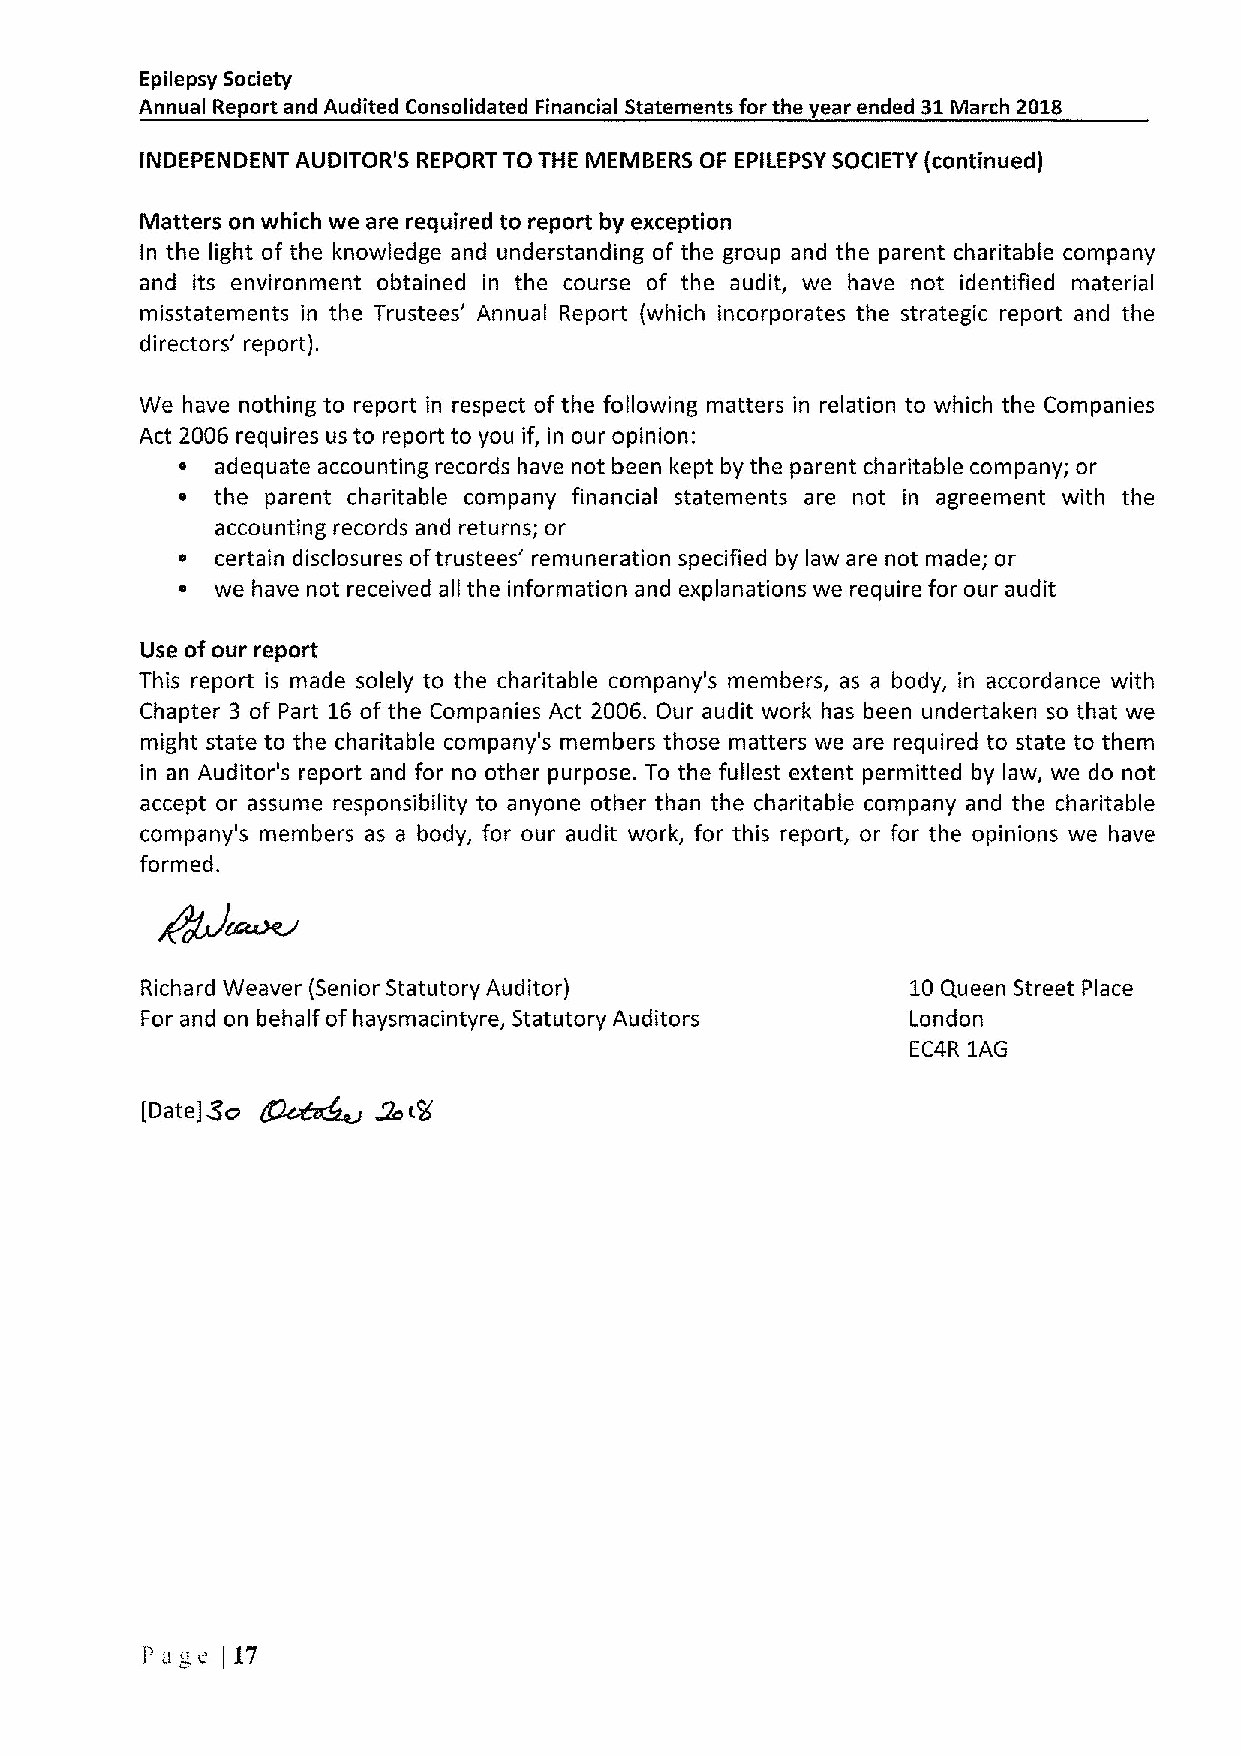
Epilepsy Society
 Annual Report and Audited Consolidated Financial Statements for the year ended 31March 2018
 INDEPENDENT AUDITOR'S REPORT TO THE MEMBERS OF EPILEPSYSOCIETY (continued)
 Matters on which we are required to report by exception
 In the light of the knowledge and understanding of the group and the parent charitable company
 and its environment obtained in the course of the audit, we have not identified material
 misstatements in the Trustees' Annual Report (which incorporates the strategic report and the
 directors' report).
 We have nothing to report in respect of the following matters in relation to which the Companies
 Act 2006 requires us to report to you if, in our opinion:
 adequate accounting records have not been kept by the parent charitable company; or
 the parent charitable company financial statements are not in agreement with the
 accounting records and returns; or
 e certain disclosures oftrustees' remuneration specified by law are not made; or
 we have not received all the information and explanations we require for our audit
 Use ofour report
 This report is made solely to the charitable company's members, as a body, in accordance with
 Chapter 3 of Part 16of the Companies Act 2006. Our audit work has been undertaken so that we
 might state to the charitable company's members those matters we are required to state to them
 in an Auditor's report and for no other purpose. To the fullest extent permitted by law, we do not
 accept or assume responsibility to anyone other than the charitable company and the charitable
 company's members as a body, for our audit work, for this report, or for the opinions we have
 formed.
 Richard Weaver (Senior Statutory Auditor)          10Queen Street Place
 For and on behalf of haysmacintyre, Statutory Auditors London
 EC4R 1AG
 3o g2c~~   &
 [Date]            (R
 Pa  c i17